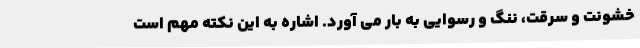
خشونت و سرقت، ننگ و رسوایی به بار می آورد. اشاره به این نکته مهم است